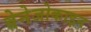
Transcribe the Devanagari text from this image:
बेनेजोकाइन